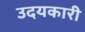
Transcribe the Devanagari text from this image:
उदयकारी